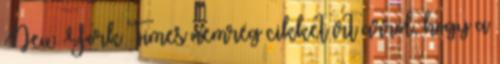
New York Times nemrég cikket írt arról, hogy a